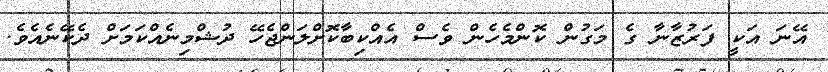
އޭނަ އަކީ ފަރުޒާނާ ގެ މަގުން ކޮންމެހެން ވެސް އެއްކިބާކޮށްލަންޖެހޭ ދުޝްމިނެއްކަމަށް ދެކޭނެއެވެ.